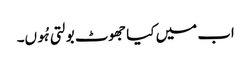
اب میں کیا جھوٹ بولتی ہُوں۔